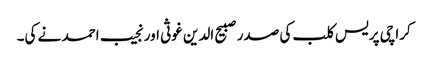
کراچی پریس کلب کی صدر صبیح الدین غوثی اور نجیب احمد نے کی۔